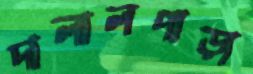
দালালপাড়া